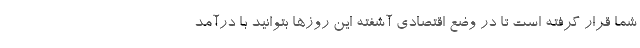
شما قرار گرفته است تا در وضع اقتصادی آشفته این روزها بتوانید با درآمد